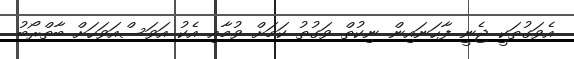
އެވަގުތަކީ ޖެނީ ފާހަނައިން ނިކުތް ވަގުތު ކަމަށް ވުމާއި އެކު އަވަސްއަވަހަށް ބާތްރޯބު